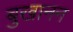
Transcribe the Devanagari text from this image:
बुखानन